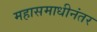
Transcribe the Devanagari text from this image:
महासमाधीनंतर